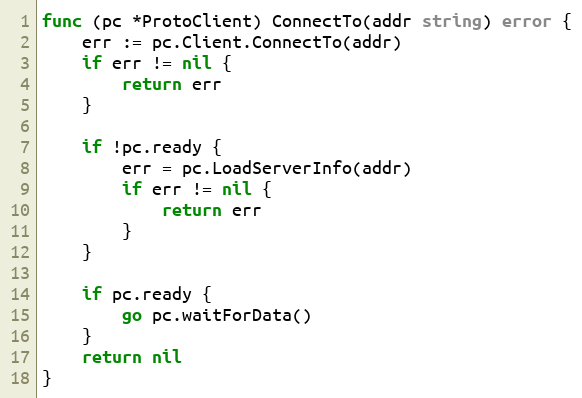
Language: Go
func (pc *ProtoClient) ConnectTo(addr string) error {
	err := pc.Client.ConnectTo(addr)
	if err != nil {
		return err
	}

	if !pc.ready {
		err = pc.LoadServerInfo(addr)
		if err != nil {
			return err
		}
	}

	if pc.ready {
		go pc.waitForData()
	}
	return nil
}